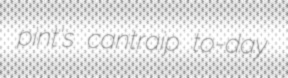
pint's cantraip to-day